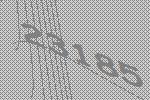
23185